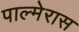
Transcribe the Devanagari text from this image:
पाल्मेरास